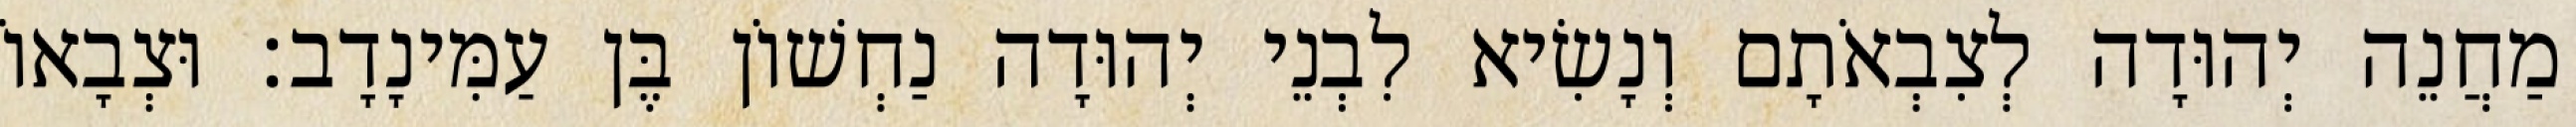
מַחֲנֵה יְהוּדָה לְצִבְאֹתָם וְנָשִׂיא לִבְנֵי יְהוּדָה נַחְשׁוֹן בֶּן עַמִּינָדָב׃ וּצְבָאוֹ